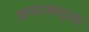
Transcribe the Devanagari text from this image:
आचारमयूखः